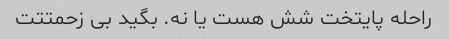
راحله پایتخت شش هست یا نه. بگید بی زحمتتت